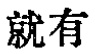
就有